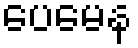
ပေမေန